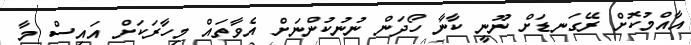
އާއްމުކޮށް ރޭގަނޑަށް ނޫނީ ކާނާ ހޯދަން ނުނުކުންނަށް އެވާތައް މިހާރަކަށް އައިސް މާ